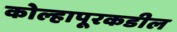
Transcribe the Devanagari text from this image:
कोल्हापूरकडील